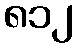
၈၁၂